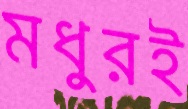
মধুরই